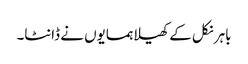
باہر نکل کے کھیلا ہمسایوں نے ڈانٹا۔